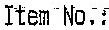
ITEM NO.: